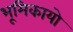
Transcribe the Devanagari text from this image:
भूमिकायो